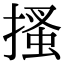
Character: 搔